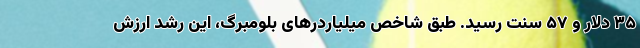
۳۵ دلار و ۵۷ سنت رسید. طبق شاخص میلیاردرهای بلومبرگ، این رشد ارزش